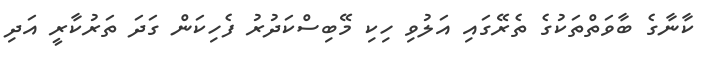
ކާނާގެ ބާވަތްތަކުގެ ތެރޭގައި އަލުވި ހިކި މޭބިސްކަދުރު ފެހިކަން ގަދަ ތަރުކާރީ އަދި